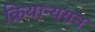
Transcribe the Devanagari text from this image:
क्रियान्ययन